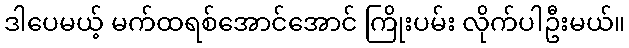
ဒါပေမယ့် မက်ထရစ်အောင်အောင် ကြိုးပမ်း လိုက်ပါဦးမယ်။